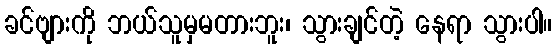
ခင်ဗျားကို ဘယ်သူမှမတားဘူး၊ သွားချင်တဲ့ နေရာ သွားပါ။